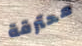
محترقة